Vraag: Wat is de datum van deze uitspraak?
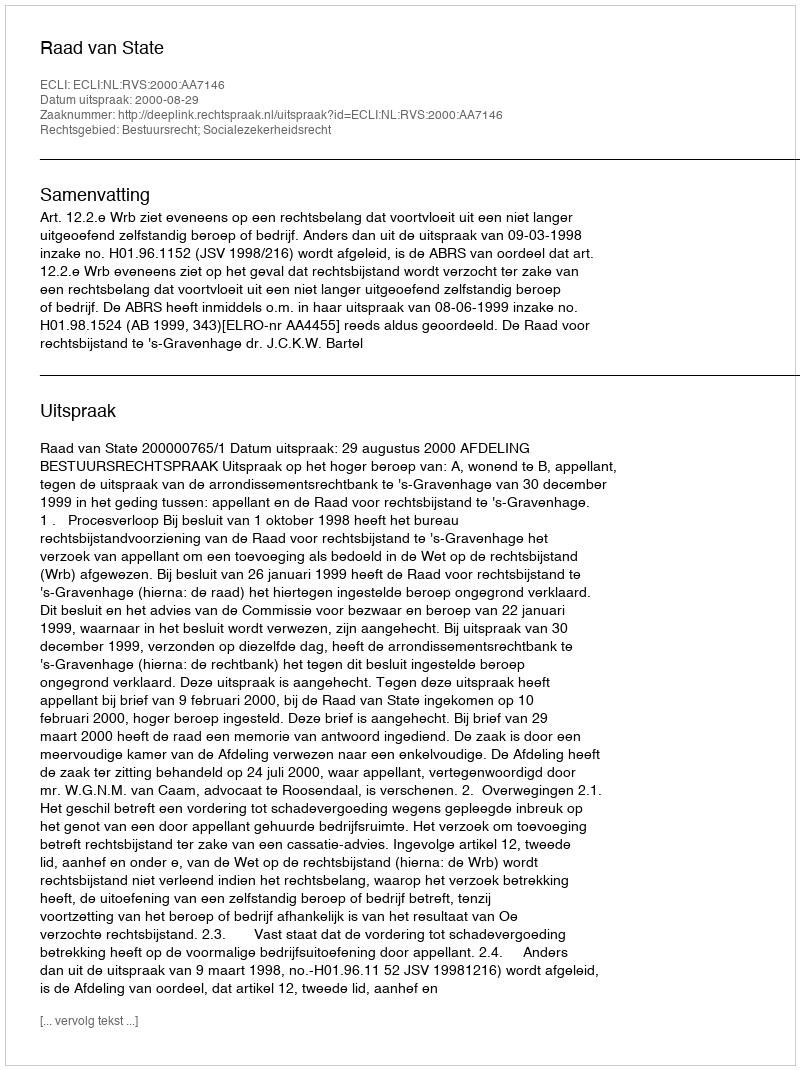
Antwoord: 2000-08-29